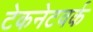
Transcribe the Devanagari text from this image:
टेकनेटवर्क